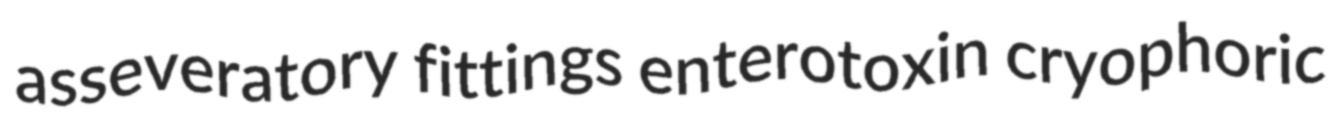
asseveratory fittings enterotoxin cryophoric